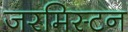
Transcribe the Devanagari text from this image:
जरमिस्टन